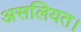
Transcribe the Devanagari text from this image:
असलियत।